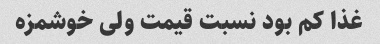
غذا کم بود نسبت قیمت ولی خوشمزه